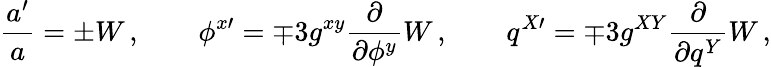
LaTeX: \frac{a^{\prime}}{a}=\pm W\, ,\qquad\phi^{x\prime}=\mp 3g^{xy}\frac{\partial}{\partial\phi^{y}}W\, ,\qquad q^{X\prime}=\mp 3g^{XY}\frac{\partial}{\partial q^{Y}}W\, ,